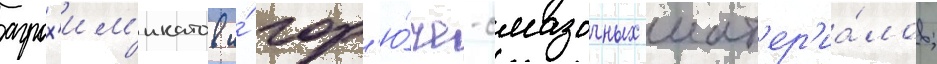
агрох'им'икатов и́ гор'ю́че-смазочных мат'ер'иа́лов;